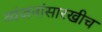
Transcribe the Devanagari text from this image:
व्यंजनांसारखीच